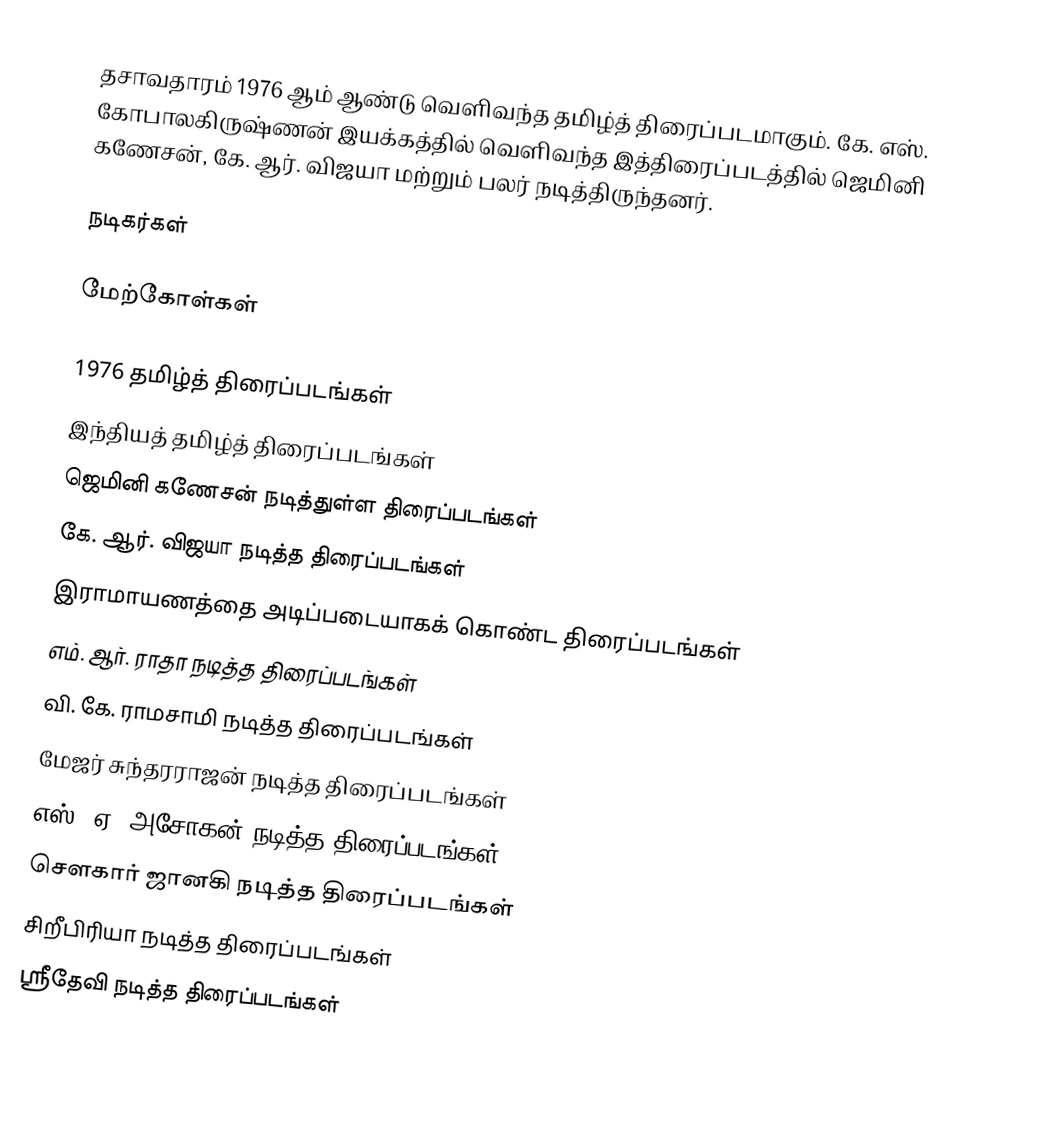
தசாவதாரம் 1976 ஆம் ஆண்டு வெளிவந்த தமிழ்த் திரைப்படமாகும். கே. எஸ். கோபாலகிருஷ்ணன் இயக்கத்தில் வெளிவந்த இத்திரைப்படத்தில் ஜெமினி கணேசன், கே. ஆர். விஜயா மற்றும் பலர் நடித்திருந்தனர்.

நடிகர்கள்

மேற்கோள்கள்

1976 தமிழ்த் திரைப்படங்கள்
இந்தியத் தமிழ்த் திரைப்படங்கள்
ஜெமினி கணேசன் நடித்துள்ள திரைப்படங்கள்
கே. ஆர். விஜயா நடித்த திரைப்படங்கள்
இராமாயணத்தை அடிப்படையாகக் கொண்ட திரைப்படங்கள்
எம். ஆர். ராதா நடித்த திரைப்படங்கள்
வி. கே. ராமசாமி நடித்த திரைப்படங்கள்
மேஜர் சுந்தரராஜன் நடித்த திரைப்படங்கள்
எஸ். ஏ. அசோகன் நடித்த திரைப்படங்கள்
சௌகார் ஜானகி நடித்த திரைப்படங்கள்
சிறீபிரியா நடித்த திரைப்படங்கள்
ஸ்ரீதேவி நடித்த திரைப்படங்கள்